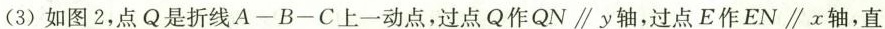
(3)如图2，点Q是折线A-B-C上一动点，过点Q作QN \parallel y轴，过点E作EN \parallel x轴，直